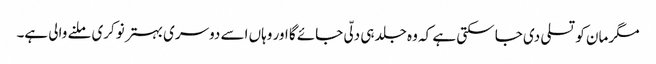
مگر مان کو تسلی دی جا سکتی ہے کہ وہ جلد ہی دلّی جائے گا اور وہاں اسے دوسری بہتر نوکری ملنے والی ہے۔